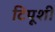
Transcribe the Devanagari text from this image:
टिपूशी